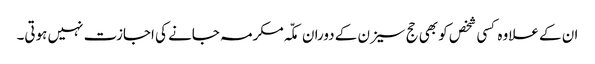
ان کے علاوہ کسی شخص کو بھی حج سیزن کے دوران مکّہ مکرمہ جانے کی اجازت نہیں ہوتی۔